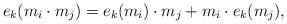
LaTeX: \begin{align*}e_k(m_i\cdot m_j)=e_k(m_i)\cdot m_j+m_i\cdot e_k(m_j),\end{align*}